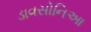
ડાવસોનિઆ